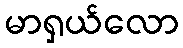
မာရှယ်လော